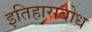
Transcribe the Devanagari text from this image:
इतिहासबोध